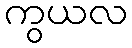
ကွယလ